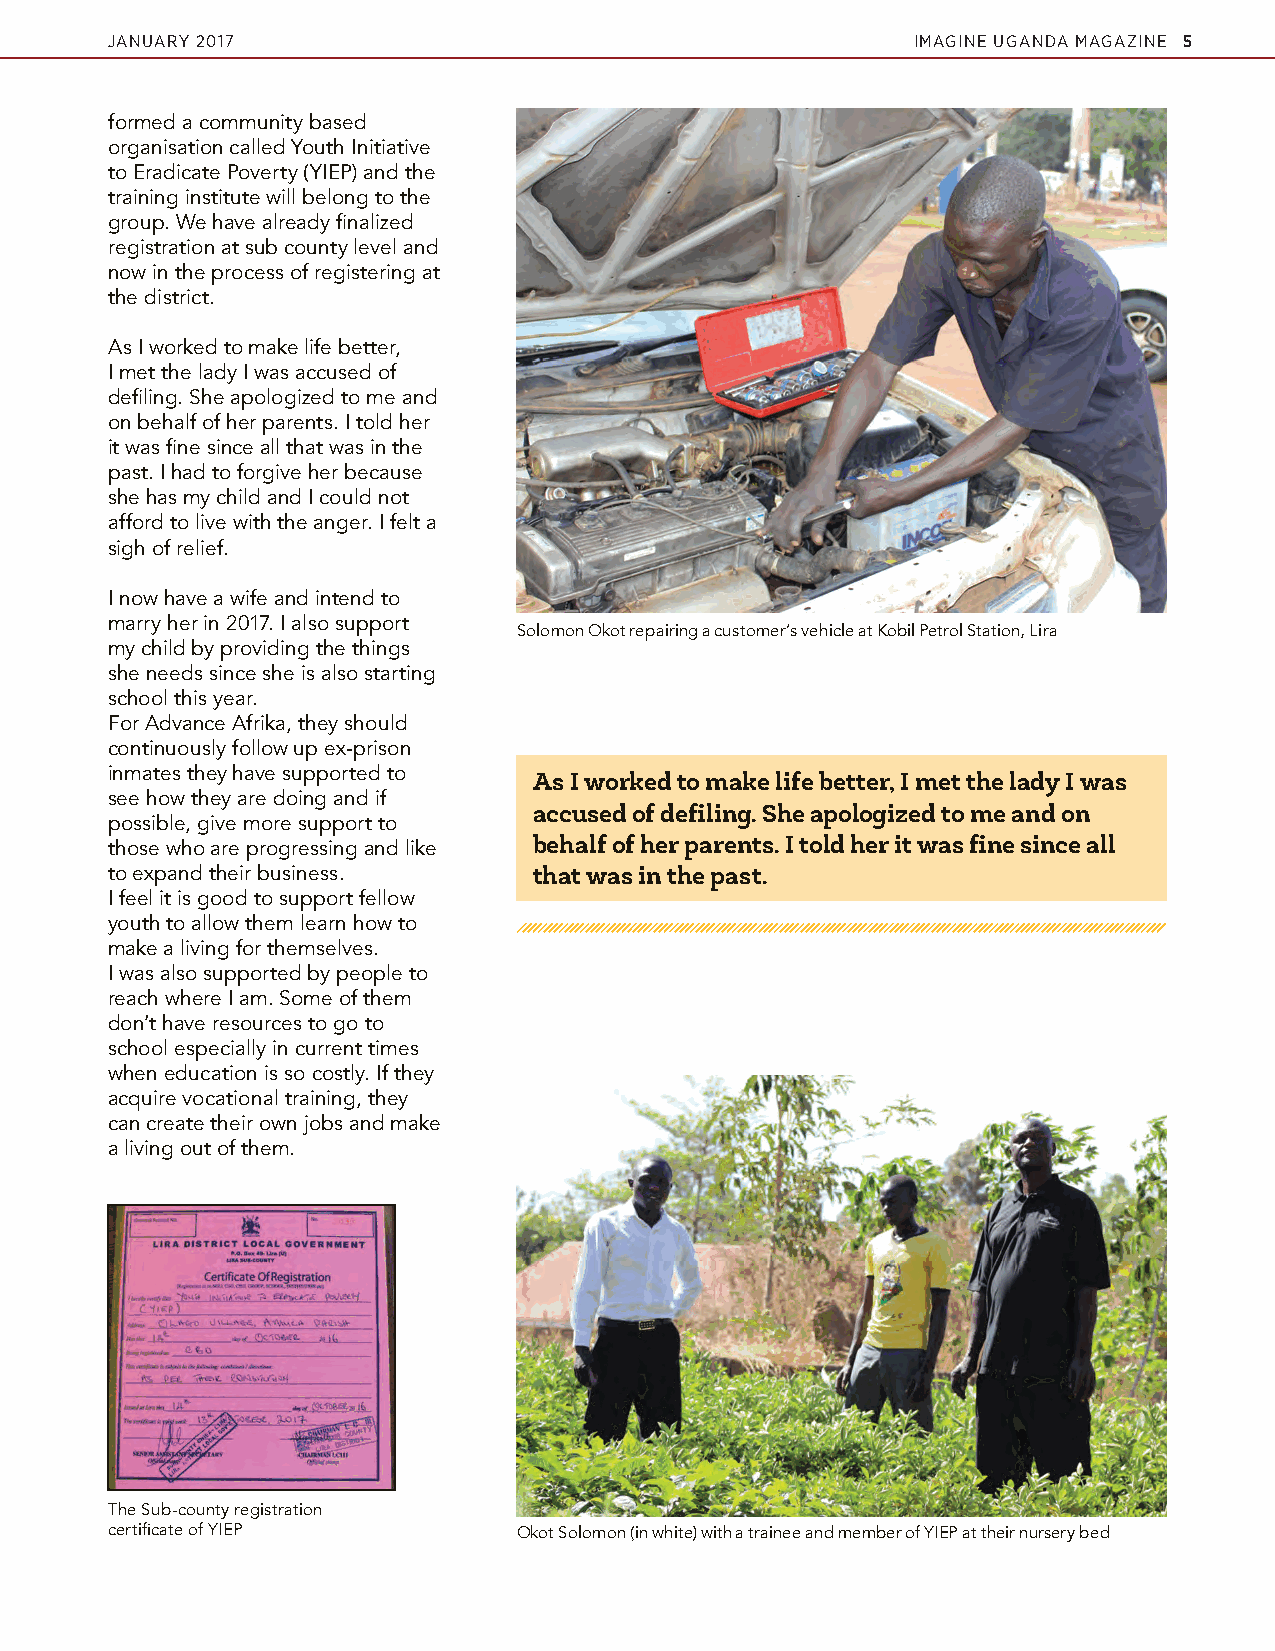
JANUARY 2017                                         IMAGINE UGANDA MAGAZINE 5
 formed a community based
 organisation called Youth Initiative
 to Eradicate Poverty (YIEP) and the
 training institute will belong to the
 group. We have already finalized
 registration at sub county level and
 now in the process of registering at
 the district.
 As I worked to make life better,
 I met the lady I was accused of
 defiling. She apologized to me and
 on behalf of her parents. I told her
 it was fine since all that was in the
 past. I had to forgive her because
 she has my child and I could not
 afford to live with the anger. I felt a
 sigh of relief.
 I now have a wife and intend to
 marry her in 2017. I also support
 Solomon Okot repairing a customer’s vehicle at Kobil Petrol Station, Lira
 my child by providing the things
 she needs since she is also starting
 school this year.
 For Advance Afrika, they should
 continuously follow up ex-prison
 inmates they have supported to
 As I worked to make life better, I met the lady I was
 see how they are doing and if
 accused of defiling. She apologized to me and on
 possible, give more support to
 those who are progressing and like behalf of her parents. I told her it was fine since all
 to expand their business.   that was in the past.
 I feel it is good to support fellow
 youth to allow them learn how to
 make a living for themselves.
 I was also supported by people to
 reach where I am. Some of them
 don’t have resources to go to
 school especially in current times
 when education is so costly. If they
 acquire vocational training, they
 can create their own jobs and make
 a living out of them.
 The Sub-county registration
 certificate of YIEP        Okot Solomon (in white) with a trainee and member of YIEP at their nursery bed